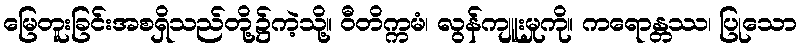
မြေတူးခြင်းအစရှိသည်တို့၌ကဲ့သို့။ ဝီတိက္ကမံ၊ လွန်ကျူးမှုကို။ ကရောန္တဿ၊ ပြုသော